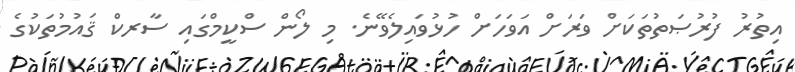
އިތުރު ފުރުޞަތުތަކަށް ވަރަށް އަވަހަށް ހުޅުވައިލެވޭނެ. މި ލޯން ސްކީމްގައި ސާރކް ޤައުމުތަކުގެ